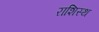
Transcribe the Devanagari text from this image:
राशिस्थ